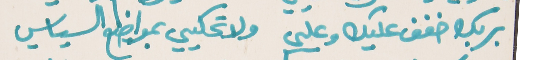
بربك خفف عليك وعليي   ولا تحكيي بمواضيع السياسي